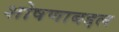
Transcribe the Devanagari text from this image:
शोषणाबद्दल